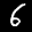
Label: 6